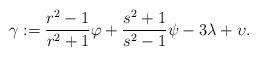
LaTeX: \begin{gather*}\gamma := \frac{r^2 - 1}{r^2 + 1} \varphi + \frac{s^2 + 1}{s^2 - 1} \psi - 3 \lambda + \upsilon .\end{gather*}